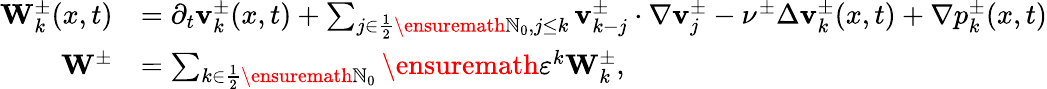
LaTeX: \begin{array}{rl}{\mathbf{W}_{k}^{\pm}(x,t)}&{=\partial_{t}\mathbf{v}_{k}^{\pm}(x,t)+\sum_{j\in\frac 12\ensuremath{\mathbb{N}}_{0},j\leq k}\mathbf{v}_{k-j}^{\pm}\cdot\nabla\mathbf{v}_{j}^{\pm}-\nu^{\pm}\Delta\mathbf{v}_{k}^{\pm}(x,t)+\nabla p_{k}^{\pm}(x,t)}\\ {\mathbf{W}^{\pm}}&{=\sum_{k\in\frac 12\ensuremath{\mathbb{N}}_{0}}\ensuremath{\varepsilon}^{k}\mathbf{W}_{k}^{\pm},}\end{array}